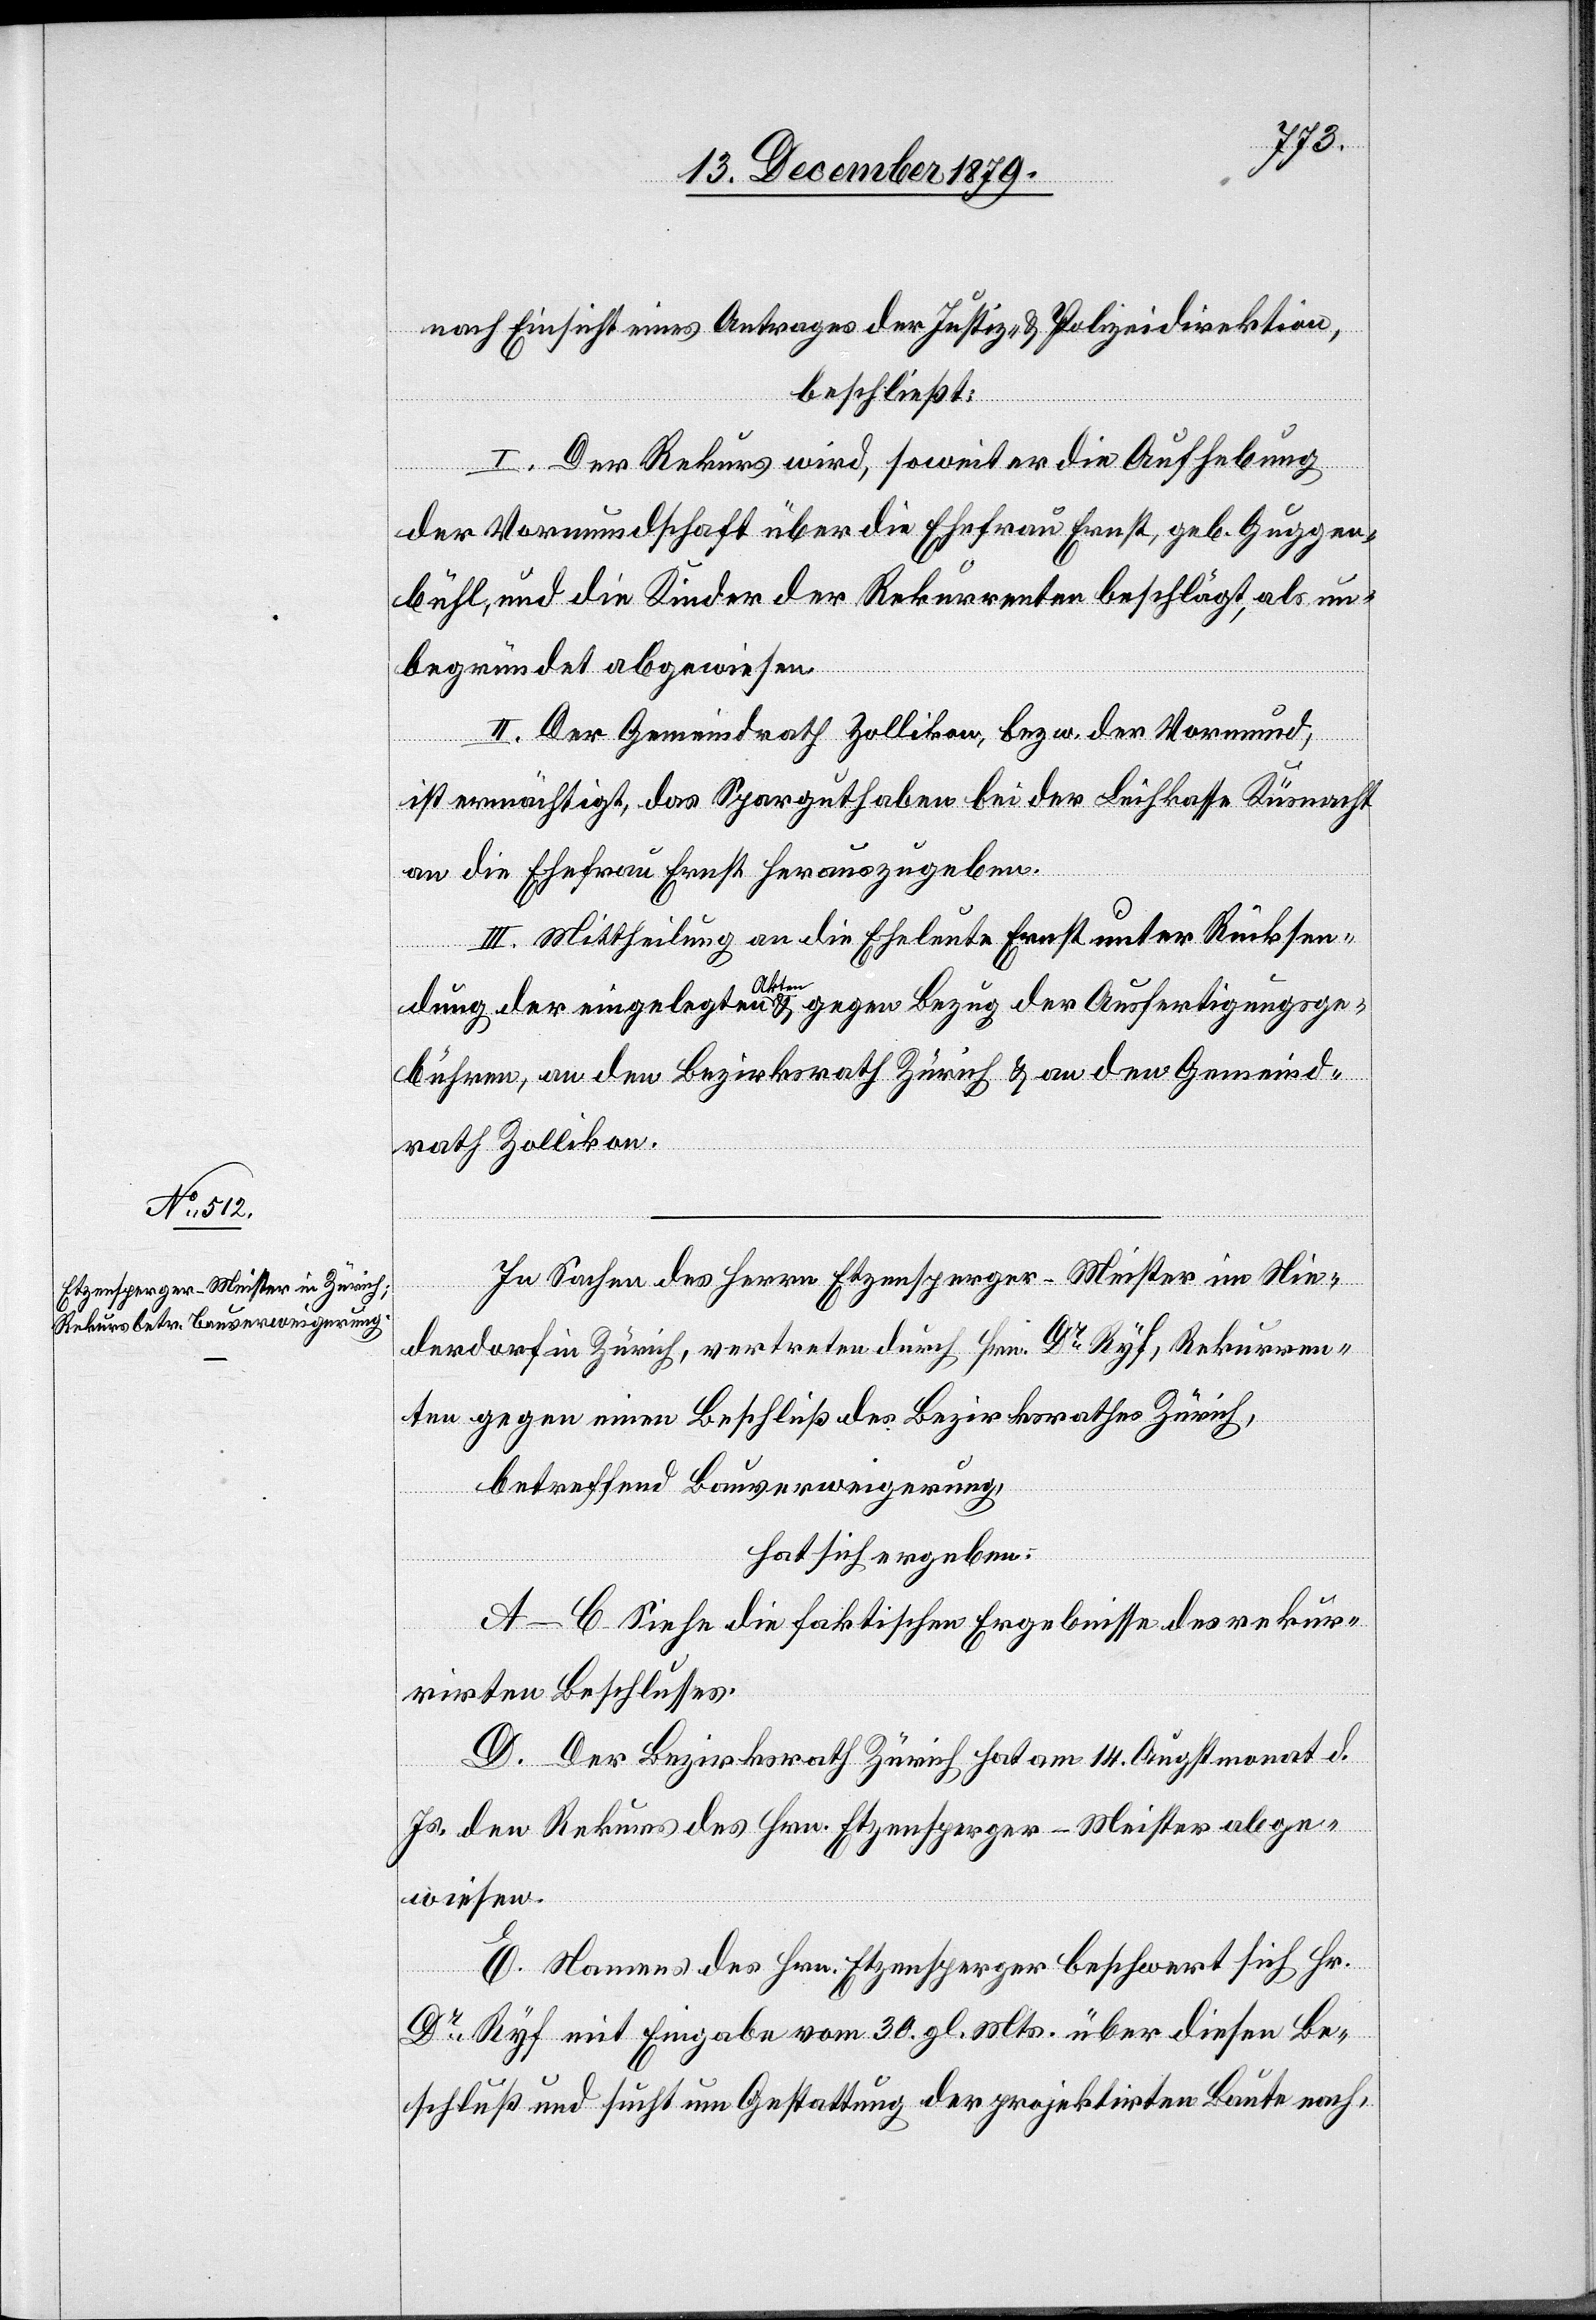
nach Einsicht eines Antrages der Justiz- & Polizeidirektion,
beschließt:
I. Der Rekurs wird, soweit er die Aufhebung
der Vormundschaft über die Ehefrau Ernst, geb. Guggen¬
bühl, und die Kinder der Rekurrenten beschlägt, als un¬
begründet abgewiesen.
II. Der Gemeindrath Zollikon, bezw. der Vormund
ist ermächtigt, das Sparguthaben bei der Leihkasse Küsnacht
an die Ehefrau Ernst herauszugeben.
III. Mittheilung an die Eheleute Ernst unter Rücksen¬
dung der eingelegten Akten gegen Bezug der Ausfertigungsge¬
bühren, an den Bezirksrath Zürich & an den Gemeind¬
rath Zollikon.
In Sachen des Herrn Etzensperger-Meister im Nie¬
derdorf in Zürich, vertreten durch Hrn. Dr Ryf, Rekurren¬
ten gegen einen Beschluß des Bezirksrathes Zürich,
betreffend Hausverweigerung,
hat sich ergeben:
A–C Siehe die faktischen Ergebnisse des rekur¬
rirten Beschlusses.
D. Der Bezirksrath Zürich hat am 14. Augstmonat d.
Js. den Rekurs des Hrn. Etzensperger-Meister abge¬
wiesen.
E. Namens des Hrn. Etzensperger beschwert sich Hr.
Dr Ryf mit Eingabe vom 20. gl. Mts. über diesen Be¬
schluß und sucht um Gestattung der projektirten Baute nach,